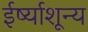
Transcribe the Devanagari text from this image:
ईर्ष्याशून्य